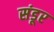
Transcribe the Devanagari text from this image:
संडूर